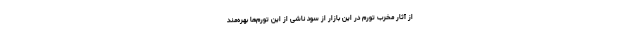
از آثار مخرب تورم در این بازار از سود ناشی از این تورم‌ها بهره‌مند